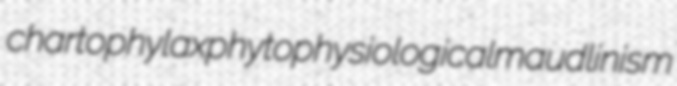
chartophylax phytophysiological maudlinism